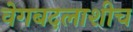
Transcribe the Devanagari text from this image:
वेगबदलाशीच